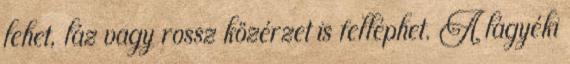
lehet, láz vagy rossz közérzet is felléphet. A lágyéki